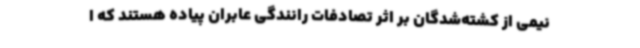
نیمی از کشته‌شدگان بر اثر تصادفات رانندگی عابران پیاده هستند که ا